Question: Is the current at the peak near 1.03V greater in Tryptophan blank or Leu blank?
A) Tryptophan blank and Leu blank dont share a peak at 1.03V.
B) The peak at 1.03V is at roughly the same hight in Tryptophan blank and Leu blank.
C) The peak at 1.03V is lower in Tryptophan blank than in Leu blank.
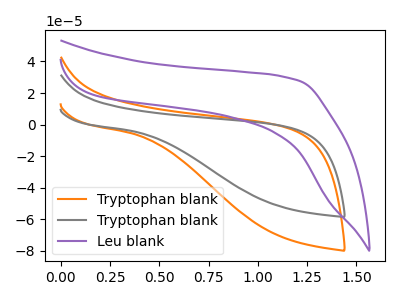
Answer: <think>The orange curve "Tryptophan blank" has no peaks. The gray curve "Tryptophan blank" has no peaks. The purple curve "Leu blank" has no peaks.</think>
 <answer>A) "Tryptophan blank" and "Leu blank" dont share a peak at 1.03V.</answer>
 <eval>A</eval>